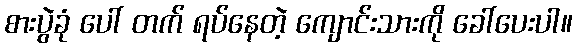
စားပွဲခုံ ပေါ် တက် ရပ်နေတဲ့ ကျောင်းသားကို ခေါ်ပေးပါ။